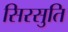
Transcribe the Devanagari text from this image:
सिरसुति